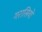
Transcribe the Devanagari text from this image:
गरासियों